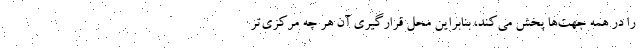
را در همه جهت‌ها پخش می‌کند، بنابراین محل قرارگیری آن هر چه مرکزی‌تر